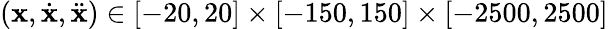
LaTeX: (\mathbf{x},\dot{{\mathbf{x}}},\ddot{{\mathbf{x}}})\in[-20,20]\times[-150,150]\times[-2500,2500]